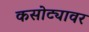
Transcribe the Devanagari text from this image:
कसोट्यावर